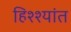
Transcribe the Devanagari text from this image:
हिश्श्यांत